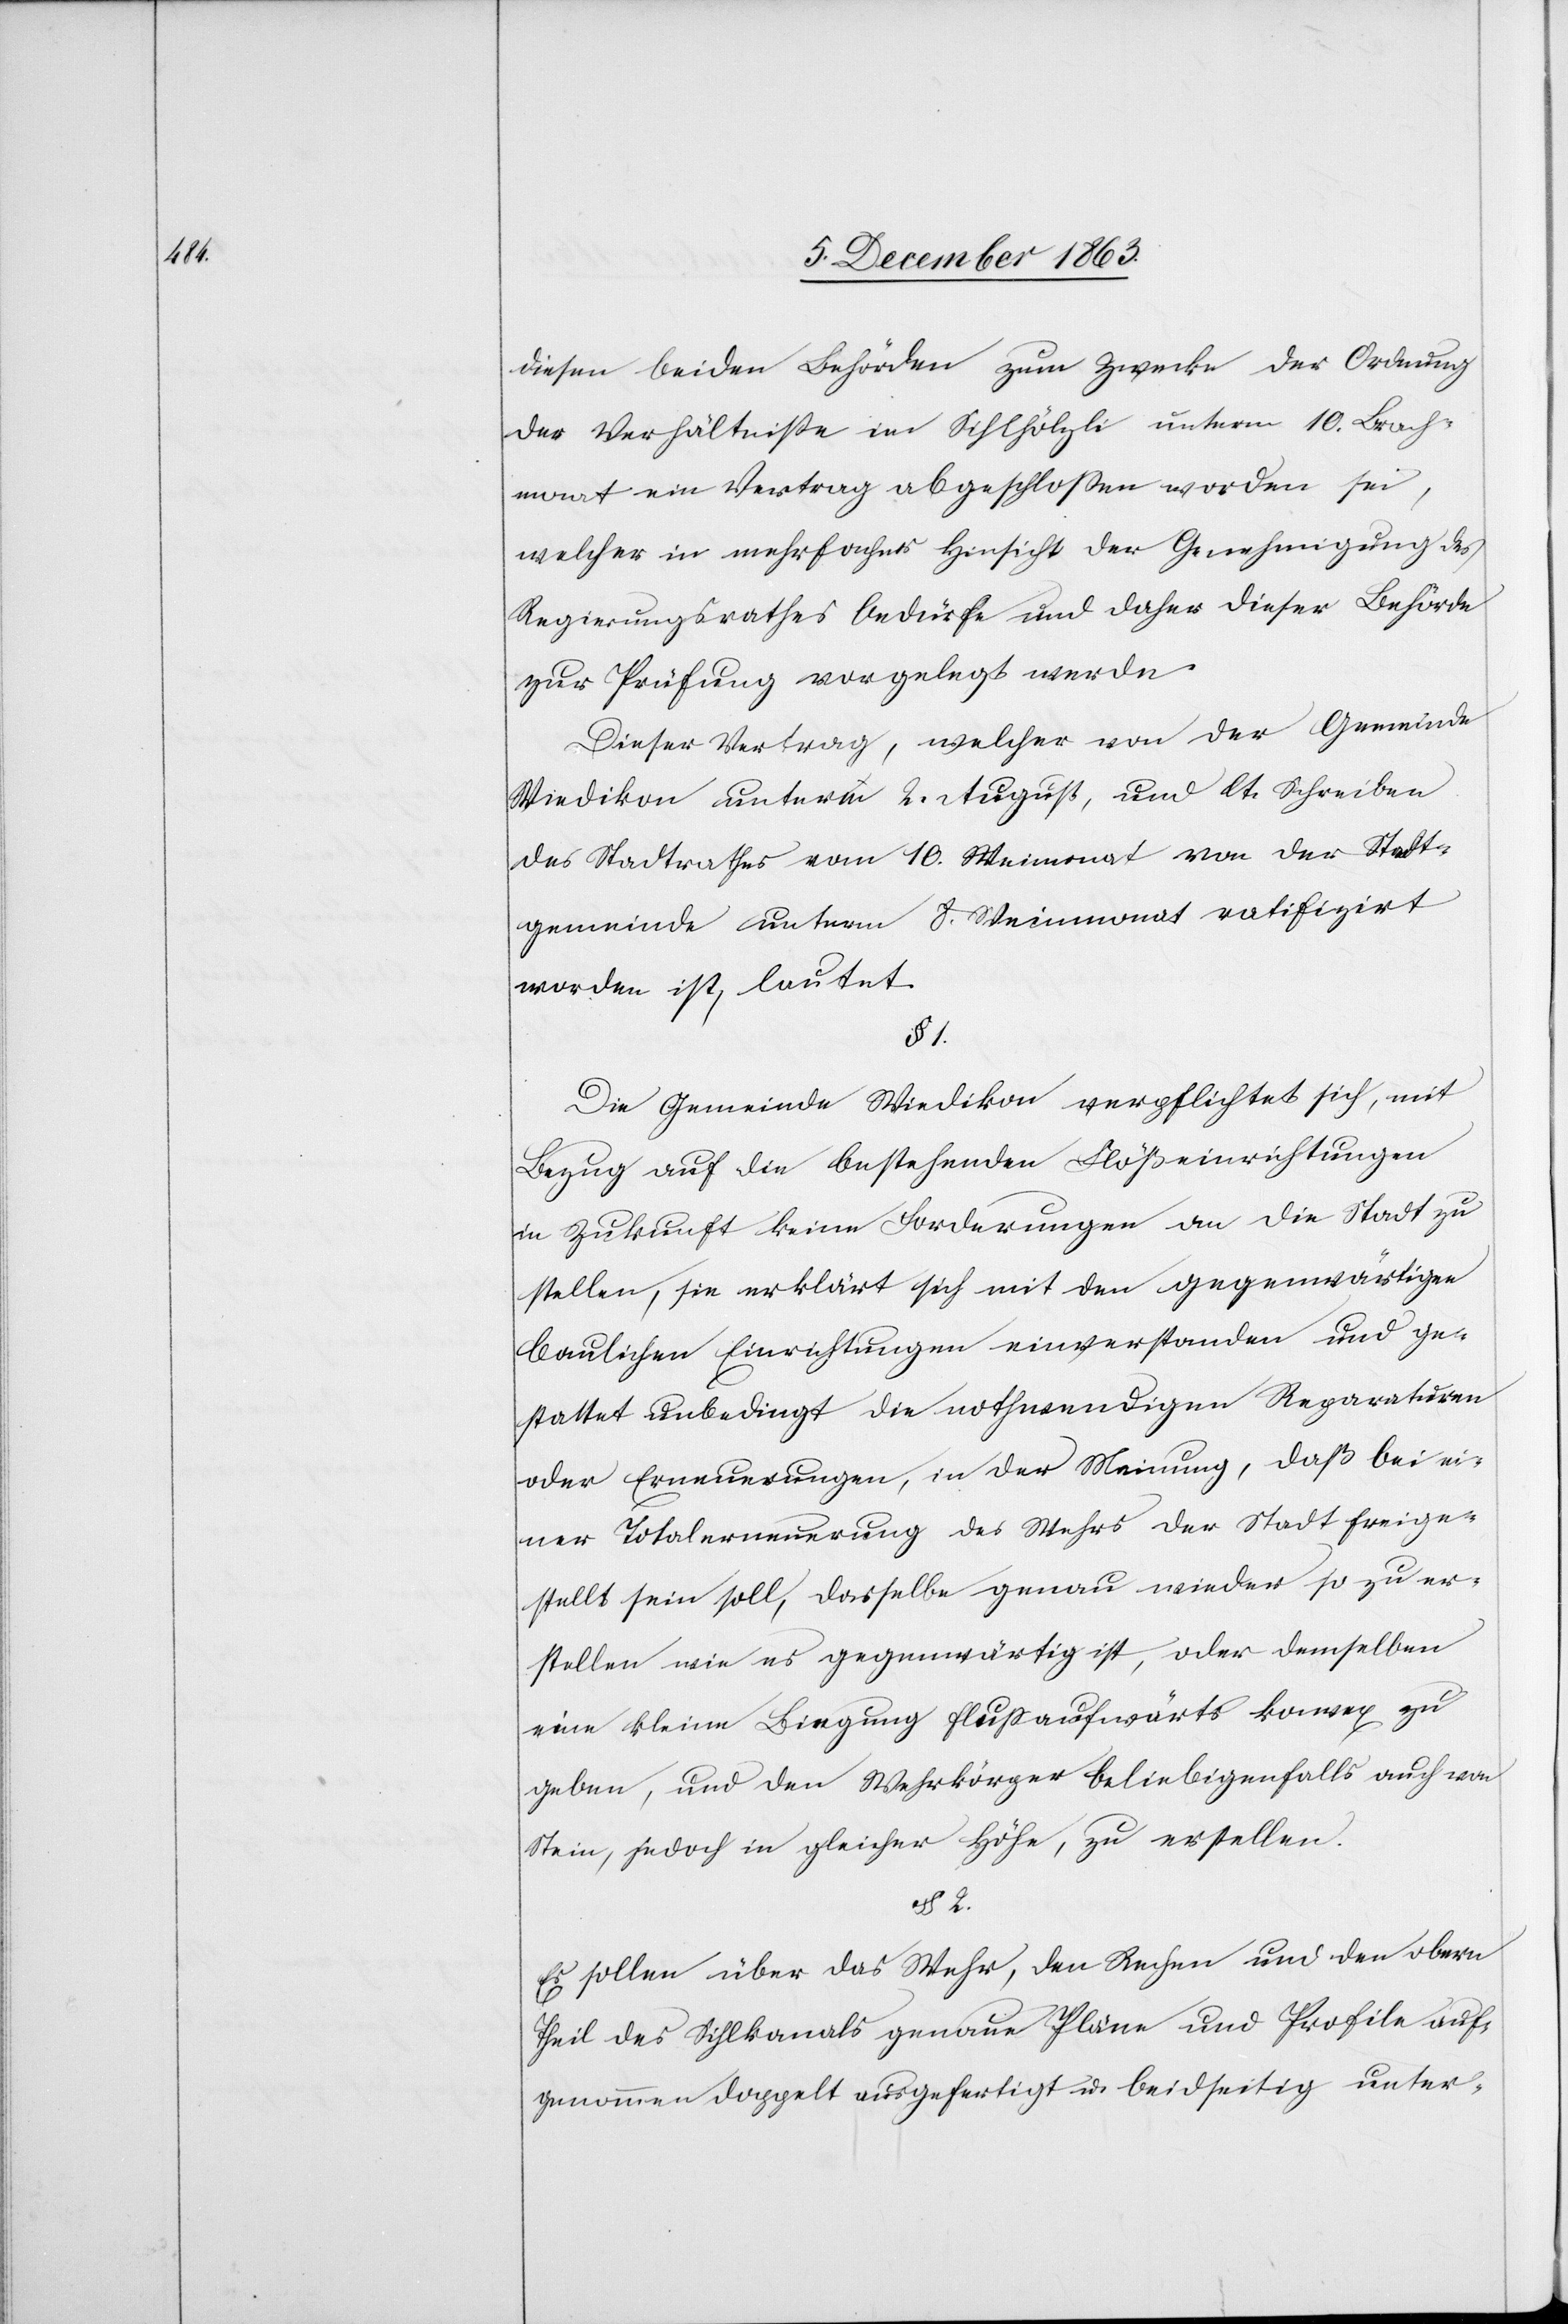
diesen beiden Behörden zum Zwecke der Ordnung
der Verhältnisse im Sihlhölzli unterm 10. Brach¬
monat ein Vertrag abgeschlossen worden sei,
welcher in mehrfacher Hinsicht der Genehmigung des
Regierungsrathes bedürfe und daher dieser Behörde
zur Prüfung vorgelegt werde.
Dieser Vertrag, welcher von der Gemeinde
Wiedikon unterm 2. August, und lt. Schreiben
des Stadtrathes vom 10. Wei[n]monat von der Stadt¬
gemeinde unterm 8. Weinmonat ratifizirt
worden ist, lautet.
§ 1.
Die Gemeinde Wiedikon verpflichtet sich, mit
Bezug auf die bestehenden Flößeinrichtungen
in Zukunft keine Forderungen an die Stadt zu
stellen, sie erklärt sich mit den gegenwärtigen
baulichen Einrichtungen einverstanden und ge¬
stattet unbedingt die nothwendigen Reparaturen
oder Erneuerungen, in der Meinung, daß bei ei¬
ner Totalerneuerung des Wehrs der Stadt freige¬
stellt sein soll, dasselbe genau wieder so zu er¬
stellen wie es gegenwärtig ist, oder demselben
eine kleine Biegung flussaufwärts konvex zu
geben, und den Wehrkörper beliebigenfalls auch von
Stein, jedoch in gleicher Höhe, zu erstellen.
§ 2.
Es sollen über das Wehr, den Rechen und den obern
Theil des Sihlkanals genaue Pläne und Profile auf¬
genommen doppelt ausgefertigt u. beidseitig unter-